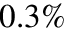
0 . 3 \%